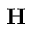
\mathbf { H }